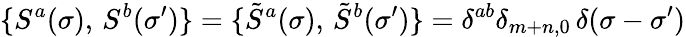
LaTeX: \{ S^{a}(\sigma),\, S^{b}(\sigma^{\prime})\} =\{ {\tilde{S}}^{a}(\sigma),\, {\tilde{S}}^{b}(\sigma^{\prime})\} =\delta^{ab}\delta_{m+n,0}\, \delta(\sigma-\sigma^{\prime})